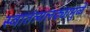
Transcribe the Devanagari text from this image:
स्वातंत्र्यलढ्यामुळे